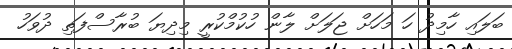
ބަލައި ހާމިދު ހަ މަހަށް ޖަލަށް ލާން ހުކުމްކުރީ މިދިޔަ ބުރާސްފަތި ދުވަހު